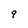
Character: 9